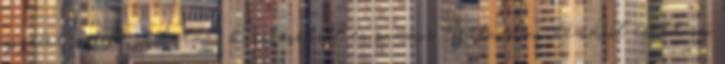
jogsértéseiről, oktatási kérdésekről és számos történelmi témáról esett szó